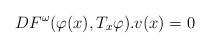
LaTeX: \begin{align*}DF^{\omega}(\varphi(x),T_x\varphi).v(x)=0\end{align*}